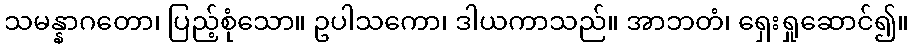
သမန္နာဂတော၊ ပြည့်စုံသော။ ဥပါသကော၊ ဒါယကာသည်။ အာဘတံ၊ ရှေးရှုဆောင်၍။